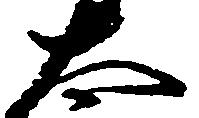
太